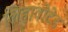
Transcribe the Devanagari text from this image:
लिहावोटेड